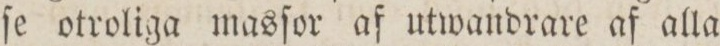
ſe otroliga masſor af utwandrare af alla